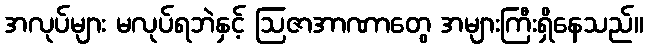
အလုပ်များ မလုပ်ရဘဲနှင့် ဩဇာအာဏာတွေ အများကြီးရှိနေသည်။